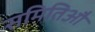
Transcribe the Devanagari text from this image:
समितिऔं